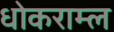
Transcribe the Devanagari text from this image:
धोकराम्ल